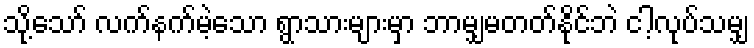
သို့သော် လက်နက်မဲ့သော ရွာသားများမှာ ဘာမျှမတတ်နိုင်ဘဲ ငါ့လုပ်သမျှ